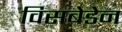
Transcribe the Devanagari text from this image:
विसबेडेन